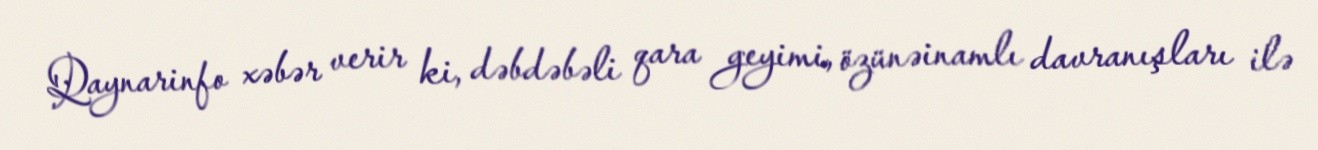
Qaynarinfo xəbər verir ki, dəbdəbəli qara geyimi, özünəinamlı davranışları ilə